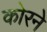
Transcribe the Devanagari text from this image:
कोरने